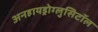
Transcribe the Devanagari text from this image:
अनहायड्रोग्लुसिटॉल